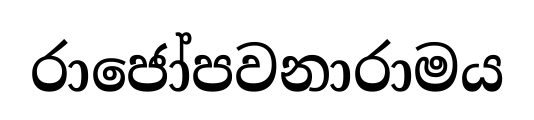
රාජෝපවනාරාමය